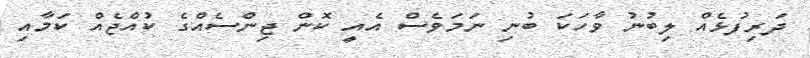
ދަރިފުޅެއް ލިބުނު ވާހަކަ ބުނި ނަމަވެސް އެއީ ކޮން ޖިންސެއްގެ ކުއްޖެއް ކަމާއި